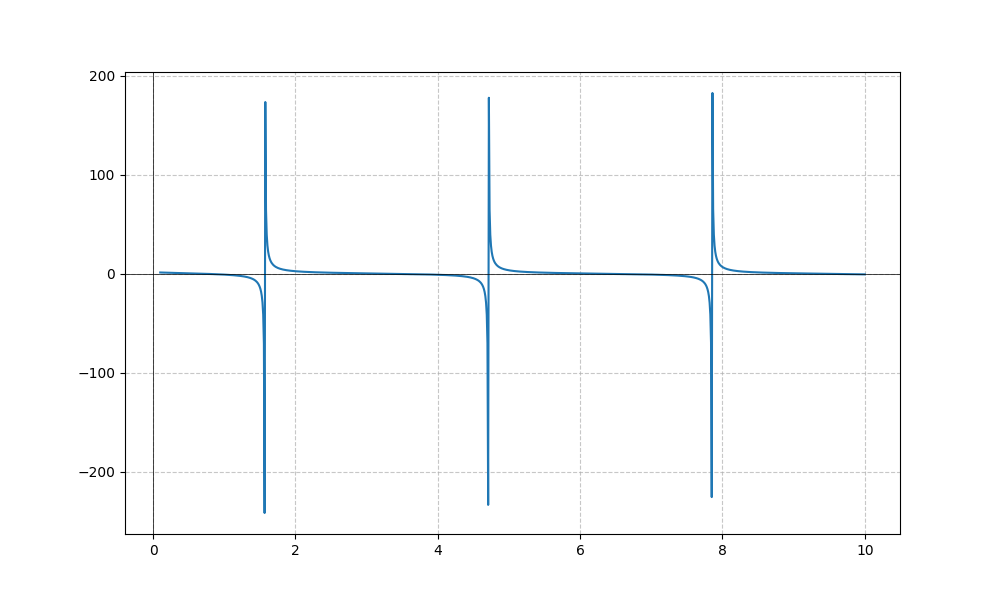
LaTeX formula: - \tan{\left(x \right)} + \operatorname{acot}{\left(x \right)}